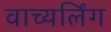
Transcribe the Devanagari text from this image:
वाच्यर्लिंग